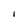
Character: I